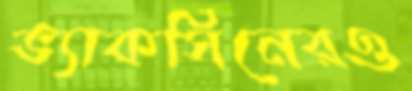
ভ্যাকসিনেরও